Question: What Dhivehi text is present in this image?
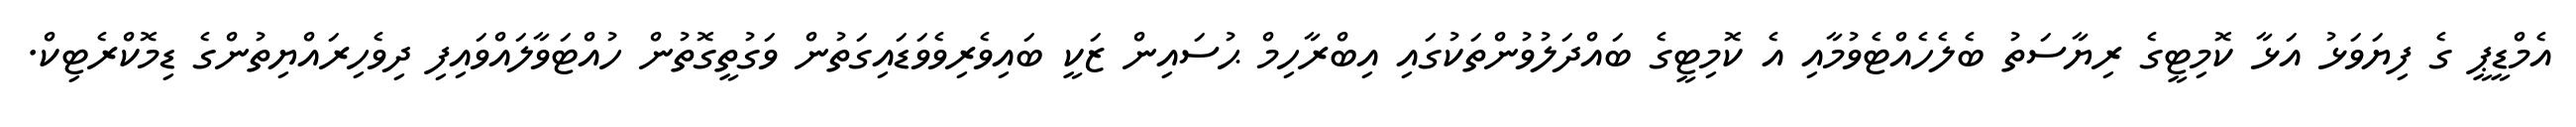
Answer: އެމްޑީޕީ ގެ ފިޔަވަޅު އަޅާ ކޮމިޓީގެ ރިޔާސަތު ބެލެހެއްޓެވުމާއި އެ ކޮމިޓީގެ ބައްދަލުވުންތަކުގައި އިބްރާހިމް ޙުސައިން ޒަކީ ބައިވެރިވެވަޑައިގަތުން ވަގުތީގޮތުން ހުއްޓަވާލައްވައިފި ދިވެހިރައްޔިތުންގެ ޑިމޮކްރެޓިކް.